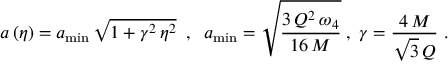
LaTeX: a \left( \eta \right) = a _ { \mathrm { m i n } } \, \sqrt { 1 + \gamma ^ { 2 } \, \eta ^ { 2 } } \; \; , \; \; a _ { \mathrm { m i n } } = \sqrt { \frac { 3 \, Q ^ { 2 } \, \omega _ { 4 } } { 1 6 \, M } } \; , \; \gamma = \frac { 4 \, M } { \sqrt { 3 } \, Q } \, \, .